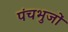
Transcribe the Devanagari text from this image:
पंचभुजों